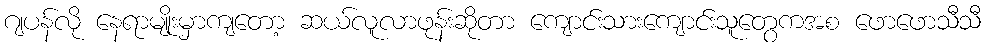
ဂျပန်လို နေရာမျိုးမှာကျတော့ ဆယ်လူလာဖုန်းဆိုတာ ကျောင်းသားကျောင်းသူတွေကအစ ဖောဖောသီသီ